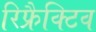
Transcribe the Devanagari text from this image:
रिफ्रैक्टिव